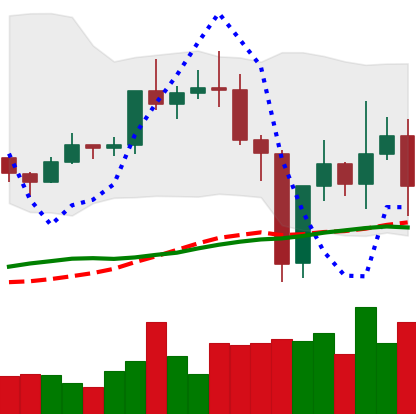
Ticker: TRX-USD
Chart end date: 2020-12-29
Forward return: 6.519%
Label: up_5_7